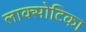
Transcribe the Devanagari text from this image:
लाक्सोटिका